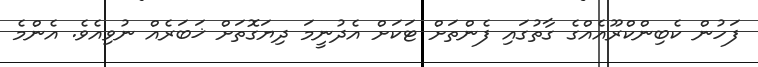
ފަހުން ކެބިންކްރޫއެއްގެ ގާތުގައި ފެންތަށް ޓަކަށް އެދުނީމަ ދިޔަގޮތަށް ޚަބަރެއް ނުވިއެވެ. އެންމެ